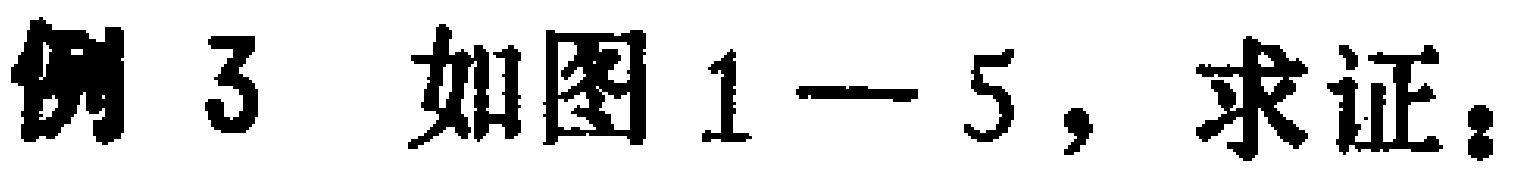
例 3 如图 1—5，求证：